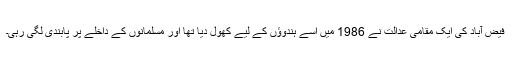
فیض آباد کی ایک مقامی عدالت نے 1986 میں اسے ہندوؤں کے لیے کھول دیا تھا اور مسلمانوں کے داخلے پر پابندی لگی رہی۔